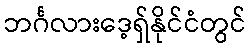
ဘင်္ဂလားဒေ့ရှ်နိုင်ငံတွင်